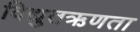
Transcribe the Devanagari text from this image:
विद्युतऋणता